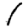
Digit: 1